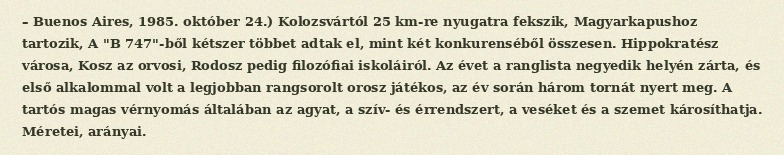
– Buenos Aires, 1985. október 24.) Kolozsvártól 25 km-re nyugatra fekszik, Magyarkapushoz tartozik, A "B 747"-ből kétszer többet adtak el, mint két konkurenséből összesen. Hippokratész városa, Kosz az orvosi, Rodosz pedig filozófiai iskoláiról. Az évet a ranglista negyedik helyén zárta, és első alkalommal volt a legjobban rangsorolt orosz játékos, az év során három tornát nyert meg. A tartós magas vérnyomás általában az agyat, a szív- és érrendszert, a veséket és a szemet károsíthatja. Méretei, arányai.